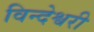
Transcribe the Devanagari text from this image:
विन्देश्वरी